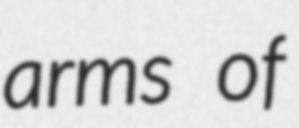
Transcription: arms of